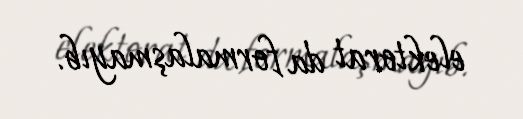
elektorat da formalaşmayıb.